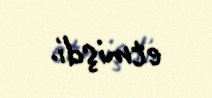
etmişdi.